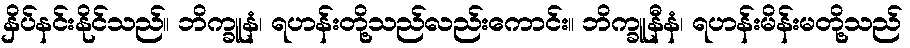
နှိပ်နင်းနိုင်သည်။ ဘိက္ခူနံ၊ ရဟန်းတို့သည်လည်းကောင်း။ ဘိက္ခူနီနံ၊ ရဟန်းမိန်းမတို့သည်